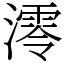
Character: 澪